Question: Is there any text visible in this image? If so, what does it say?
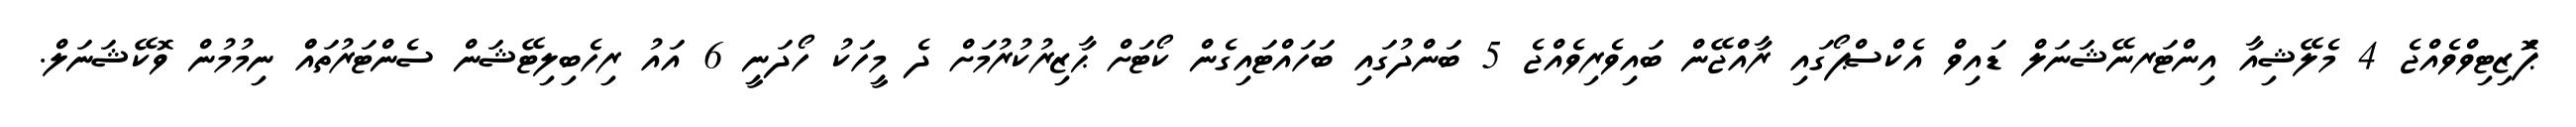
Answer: ޕަޮޒިޓިވްވެއްޖެ 4 މެލޭޝިއާ އިންޓަރނޭޝަނަލް ޑައިވް އެކްސްޕޯގައި ރާއްޖޭން ބައިވެރިވެއްޖެ 5 ބަންދުގައި ބަހައްޓައިގެން ކޯޓަށް ޙާޒިރުކުރުމަށް ދެ މީހަކު ހޯދަނީ 6 އައު ރިހެބިލިޓޭޝަން ސެންޓަރުތައްް ނިމުމުން ވޮކޭޝަނަލް.